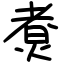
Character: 煑